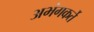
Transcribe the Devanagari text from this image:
अभंगकर्ते